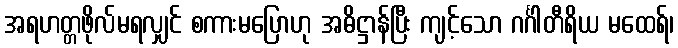
အရဟတ္တဖိုလ်မရလျှင် စကားမပြောဟု အဓိဋ္ဌာန်ပြီး ကျင့်သော ဂင်္ဂါတီရိယ မထေရ်၊